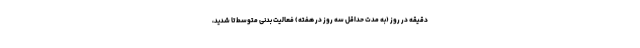
دقیقه در روز (به مدت حداقل سه روز در هفته) فعالیت بدنی متوسط تا شدید،